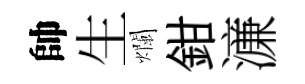
帥生爛鉗濓